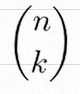
\binom{n}{k}